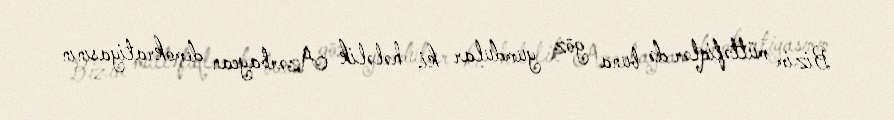
Bizim müttəfiqlər də buna göz yumdular ki, hələlik Azərbaycan demokratiyasının